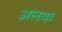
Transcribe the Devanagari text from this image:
अलया